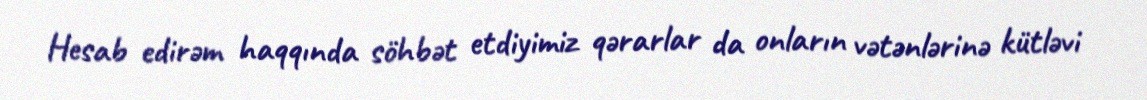
Hesab edirəm haqqında söhbət etdiyimiz qərarlar da onların vətənlərinə kütləvi